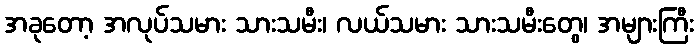
အခုတော့ အလုပ်သမား သားသမီး၊ လယ်သမား သားသမီးတွေ၊ အများကြီး